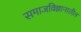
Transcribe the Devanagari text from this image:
समाजविज्ञानातील